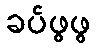
ခပ်ဖွဖွ